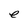
Character: e